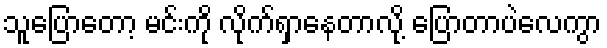
သူပြောတော့ မင်းကို လိုက်ရှာနေတာလို့ ပြောတာပဲလေကွာ